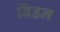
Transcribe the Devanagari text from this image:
बिंडन